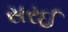
સરઈ